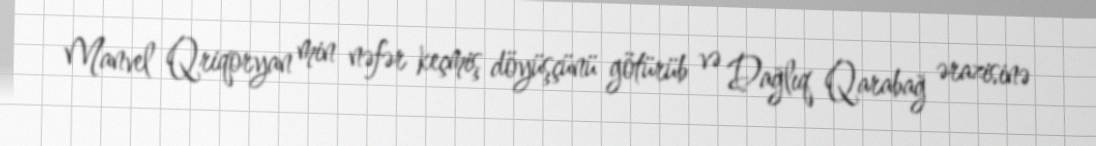
Manvel Qriqoryan min nəfər keçmiş döyüşçünü götürüb və Dağlıq Qarabağ ərazisinə